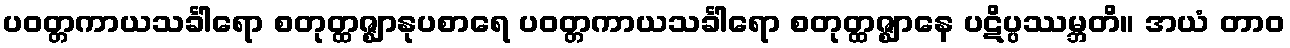
ပဝတ္တကာယသင်္ခါရော စတုတ္ထဇ္ဈာနုပစာရေ ပဝတ္တကာယသင်္ခါရော စတုတ္ထဇ္ဈာနေ ပဋိပ္ပဿမ္ဘတိ။ အယံ တာဝ